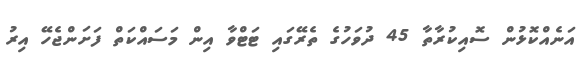
އަނެއްކޮޅުން ސޮއިކުރާތާ 45 ދުވަހުގެ ތެރޭގައި ޓަޓްވާ އިން މަސައްކަތް ފަށަންޖެހޭ އިރު